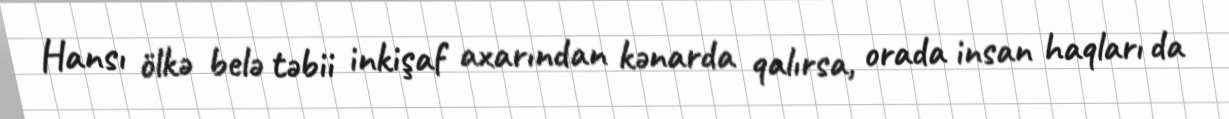
Hansı ölkə belə təbii inkişaf axarından kənarda qalırsa, orada insan haqları da